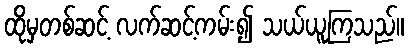
ထိုမှတစ်ဆင့် လက်ဆင့်ကမ်း၍ သယ်ယူကြသည်။